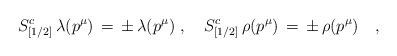
LaTeX: \begin{align*}S^c_{[1/2]}\,\lambda(p^\mu)\,=\,\pm\,\lambda(p^\mu)\,\,,\quad S^c_{[1/2]}\,\rho(p^\mu)\,=\,\pm\,\rho(p^\mu)\quad,\end{align*}